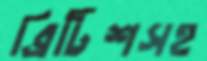
ব্রিটিশসহ